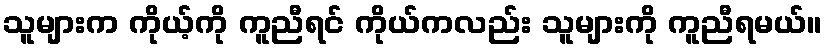
သူများက ကိုယ့်ကို ကူညီရင် ကိုယ်ကလည်း သူများကို ကူညီရမယ်။